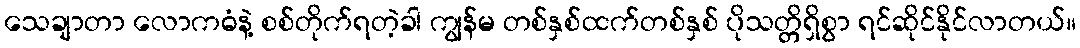
သေချာတာ လောကဓံနဲ့ စစ်တိုက်ရတဲ့ခါ ကျွန်မ တစ်နှစ်ထက်တစ်နှစ် ပိုသတ္တိရှိစွာ ရင်ဆိုင်နိုင်လာတယ်။